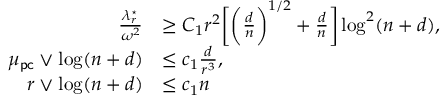
\begin{array} { r l } { \frac { \lambda _ { r } ^ { \star } } { \omega ^ { 2 } } } & { \geq C _ { 1 } r ^ { 2 } \bigg [ \bigg ( \frac { d } { n } \bigg ) ^ { 1 / 2 } + \frac { d } { n } \bigg ] \log ^ { 2 } ( n + d ) , } \\ { \mu _ { \sf p c } \vee \log ( n + d ) } & { \leq c _ { 1 } \frac { d } { r ^ { 3 } } , } \\ { r \vee \log ( n + d ) } & { \leq c _ { 1 } n } \end{array}